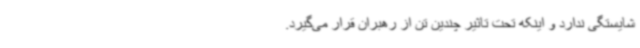
شایستگی ندارد و اینکه تحت تاثیر چندین تن از رهبران قرار می‌گیرد.